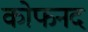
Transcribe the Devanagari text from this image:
कोफनद